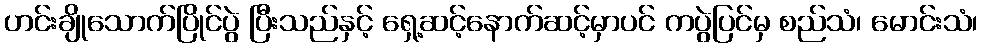
ဟင်းချိုသောက်ပြိုင်ပွဲ ပြီးသည်နှင့် ရှေ့ဆင့်နောက်ဆင့်မှာပင် ကပွဲပြင်မှ စည်သံ၊ မောင်းသံ၊